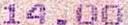
14.00